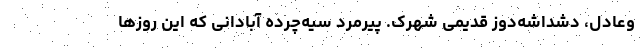
وعادل، دشداشه‌دوز قدیمی شهرک. پیرمرد سیه‌چرده آبادانی که این روز‌ها